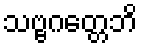
သဗ္ဗဂတ္တေဘိ